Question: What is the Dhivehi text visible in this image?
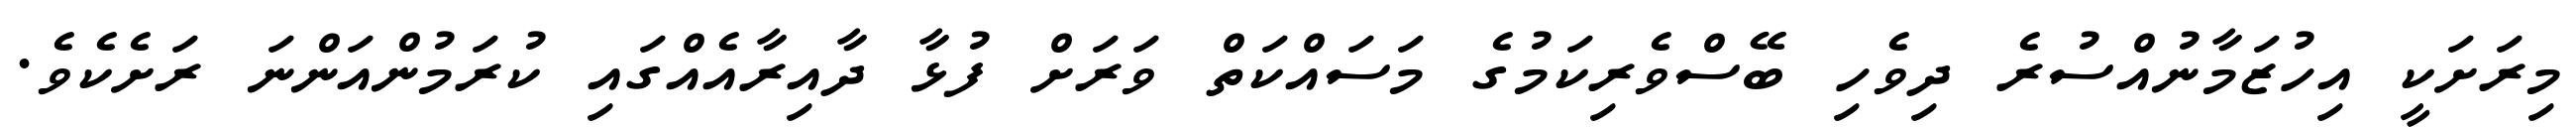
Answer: މިރަށަކީ އިހުޒަމާނުއްސުރެ ދިވެހި ބޭސްވެރިކަމުގެ މަސައްކަތް ވަރަށް ފުޅާ ދާއިރާއެއްގައި ކުރަމުންއަންނަ ރަށެކެވެ.